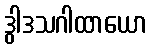
ဒွါဒသဂါထာယော